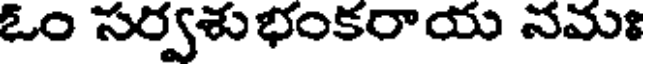
ఓం సర్వశుభంకరాయ నమః